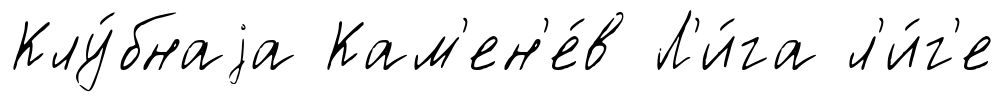
Клу́бнаjа Кам'ен'е́в Л'и́га л'и́г'е